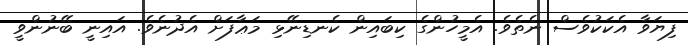
ފިޔަވާ އެކަކުވެސް ނެތެވެ. އެމީހުންގެ ކިބައިން ކެނޑިނޭޅި މަޢާފަށް އެދުނެވެ. އައިނީ ބޭނުންވީ